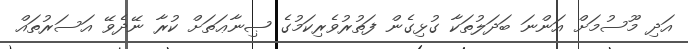
އަދި މޫސުމަށް އަންނަ ބަދަލުތަކާ ގުޅިގެން ފަތުރުވެރިކަމުގެ ޞިނާޢަތަށް ކުރާ ނޭދެވޭ އަސަރުތައް